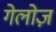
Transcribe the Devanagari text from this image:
गेलोज़